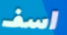
اسف